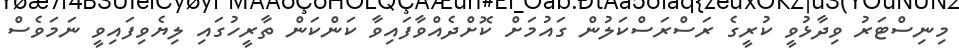
މިނިސްޓަރު ވިދާޅުވީ ކުރީގެ ރަސްރަސްކަލުން ގައުމަށް ކޮށްދެއްވާފައިވާ ކަންކަން ތާރީހުގައި ލިޔެވިފައިވީ ނަމަވެސް